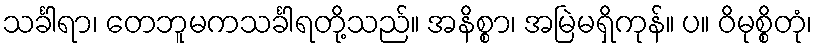
သင်္ခါရာ၊ တေဘူမကသင်္ခါရတို့သည်။ အနိစ္စာ၊ အမြဲမရှိကုန်။ ပ။ ဝိမုစ္စိတုံ၊